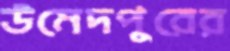
উমেদপুরের